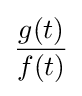
{\frac {g(t)}{f(t)}}